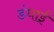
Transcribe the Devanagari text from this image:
डंघाई